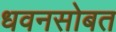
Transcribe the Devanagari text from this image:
धवनसोबत